Vaccination in the Punjab 1919-1929 - 1919-1929
Year: 1919
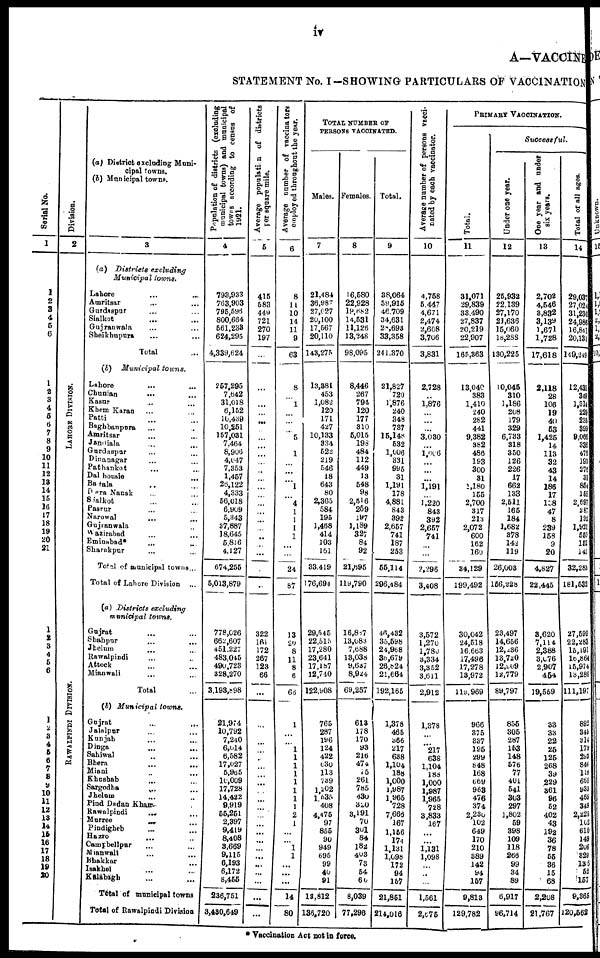
iv
A—VACCINE
STATEMENT No. I—SHOWING PARTICULARS OF VACCINATION
Serial No.
1
1
2
3
4
5
6
1
2
3
4
5
6
7
8
9
10
11
12
13
14
15
16
17
18
19
20
21
1
2
3
4
5
6
1
2
3
4
5
6
7
8
9
10
11
12
13
14
15
16
17
18
19
20
Division.
2
L AHORE DI VI SI ON.
RAWALPINDI DIVISION.
(a) District excluding Muni¬
cipal towns.
(b) Municipal towns.
3
(a) Districts excluding
Municipal towns.
Lahore ... ...
Amritsar ... ...
Gurdaspur ... ...
Sialkot ... ...
Gujranwala ... ...
Sheikhupura ... ...
Total ...
(b) Municipal towns.
Lahore ... ...
Chunian ... ...
Kasur ... ...
Khem Karan ... ...
Patti ... ...
Baghbanpura ... ...
Amritsar ... ...
Jandiala ... ...
Gurdaspur ... ...
Dinanagar ... ...
Pathankot ... ...
Dal housie ... ...
Batala ... ...
Dera Nanak ... ...
Sialkot ... ...
Pasrur ... ...
Narowal ... ...
Gujranwala ... ...
Wazirabad ... ...
Eminabad* ... ...
Sharakpur ... ...
Total of municipal towns ...
Total of Lahore Division ...
(a) Districts excluding
municipal towns.
Gujrat ... ...
Shahpur ... ...
Jhelum ... ...
Rawalpindi ... ...
Attock ... ...
Mianwali ... ...
Total ...
(6) Municipal towns.
Gujrat ... ...
Jalalpur ... ...
Kunjah ... ...
Dinga ... ...
Sahiwal ... ...
Bhera ... ...
Miani ... ...
Khushab
...
...
Sargodha
...
...
Jhelum ... ...
Pind Dadan Khan ... ...
Rawalpindi ... ...
Murree
...
...
Pindigheb ... ...
Hazro
...
...
Campbellpur ... ...
Mianwali ... ...
Bhakkar ... ...
Isakhel ... ...
Kalabagh ... ...
Total of municipal towns
Total of Rawalpindi Division
Population of districts (excluding
municipal towns) and municipal
towns according to census of
1921.
4
793,933
763,903
795,596
800,664
561,233
624,295
4,339,624
257,295
7,642
31,018
6,152
10,439
10,251
157,031
7,464
8,906
4,047
7,353
1,457
26,122
4,333
56,018
6,909
5,343
37,887
18,645
5,816
4,127
674,255
5,013,879
778,026
662,607
451,227
483,045
490,723
328,270
3,193,898
21,974
10,792
7,240
6,014
6,582
17,027
5,965
10,009
17,728
14,422
9,919
55,251
2,397
9,419
8,408
3,669
9,115
6,193
6,172
8,455
236,751
3,430,649
Average population of districts
per square mile.
5
415
583
449
721
270
197
...
...
...
...
...
...
...
...
...
...
...
...
...
...
...
...
...
...
...
...
...
...
...
322
161
172
267
123
66
...
...
...
...
...
...
...
...
...
...
...
...
...
...
...
... ...
...
...
...
...
...
...
Average number of vaccinators
employed throughout the year.
6
8
11
10
14
11
9
63
8
...
1
...
...
...
5
...
1
...
...
...
1
...
4
1
1
1
1
...
...
24
87
13
20
8
11
8
6
66
1
...
...
1
1
1
1
1
1
1
1
2
1
...
...
1
1
...
...
...
14
80
TOTAL NUMBER OF
PERSONS VACCINATED.
Males.
7
21,484
36,987
27,027
20,100
17,567
20,110
143,275
13,381
453
1,082
120
171
427
10,133
334
522
219
546
18
643
80
2,365
584
195
1,468
414
103
161
33,419
176,694
29,545
22,515
17,280
23,641
17,187
12,740
122,908
765
287
196
124
422
630
113
739
1,202
1,535
408
4,475
97
855
90
949
695
99
40
91
13,812
136,720
Females.
8
16,580
22,928
19,682
14,531
11,126
13,248
98,095
8,446
267
794
120
177
310
5,015
198
484
112
449
13
548
98
2,516
259
197
1,189
327
84
92
21,895
119,790
16,887
13,083
7,688
13,038
9,637
8,924
69,257
613
178
170
93
216
474
15
261
785
430
320
3,191
70
301
84
182
403
73
54
60
8,039
77,296
Total.
9
38,064
59,915
46,709
34,631
28,693
33,358
241,370
21,827
720
l,876
240
348
737
15,148
532
1,006
331
995
31
1,191
178
4,881
843
392
2,657
741
187
253
55,114
296,484
46,432
35,598
24,968
36,679
26,824
21,664
192,165
1,378
465
366
217
638
1,104
188
1,000
1,987
1,965
728
7,668
167
1,156
174
1,131
l,098
172
94
157
21,851
214,016
Average number of persons vacci-
nated by each vaccinator.
10
4,758
5,447
4,671
2,474
2,608
3,706
3,831
2,728
...
1,876
...
...
...
3,030
...
l,006
...
...
...
1,191
...
1,220
843
392
2,657
741
...
...
2,296
3,408
3,572
1,270
1,780
3,334
3,352
3,611
2,912
1,378
...
...
217
638
1,104
188
1,000
1,987
1,965
728
3,833
167
...
...
1,131
1,098
...
...
...
1,561
2,675
PRIMARY VACCINATION.
Total.
11
31,071
29,839
33,490
27,837
20,219
22,907
165,363
13,040
383
1,410
240
282
441
9,382
382
486
193
300
31
1,180
155
2,700
317
213
2,072
600
162
160
34,129
199,492
30,042
24,518
16,663
17,496
17,278
13,972
119,969
966
375
837
195
299
848
168
669
963
476
374
2,230
102
649
170
210
389
142
94
157
9,813
129,782
Successful.
Under one year.
12
25,932
22,139
27,170
21,636
15,060
18,288
130,225
10,045
310
1,186
208
179
329
6,733
318
350
126
226
17
662
133
2,511
165
184
1,682
378
142
119
26,003
156,228
23,497
14,656
12,236
13,720
12,909
12,779
89,797
855
305
287
153
148
576
77
401
54l
303
297
1,802
59
398
109
118
266
99
34
89
6,917
96,714
One year and under
six years.
13
2,702
4,546
3,832
3,139
1,671
1,728
17,618
2,118
28
106
19
40
53
1,425
14
113
32
43
14
186
17
138
47
8
239
158
9
20
4,827
22,445
8,620
7,114
2,388
3,076
2,907
454
19,559
33
33
22
25
125
268
39
229
361
96
52
402
43
192
36
78
55
36
15
68
2,208
21,767
Total of all ages.
14
29,037
27,024
31,230
24,986
16,841
20,131
149,249
12,431
349
1,314
229
236
399
9,066
338
475
193
276
31
854
155
2,697
287
192
1,921
550
152
141
32,283
181,532
27,599
22,283
15,191
16,864
15,974
13,286
111,197
892
345
314
179
293
846
118
665
933
465
349
2,225
102
610
149
206
829
136
52
157
9,365
120,562
* Vaccination Act not in force.